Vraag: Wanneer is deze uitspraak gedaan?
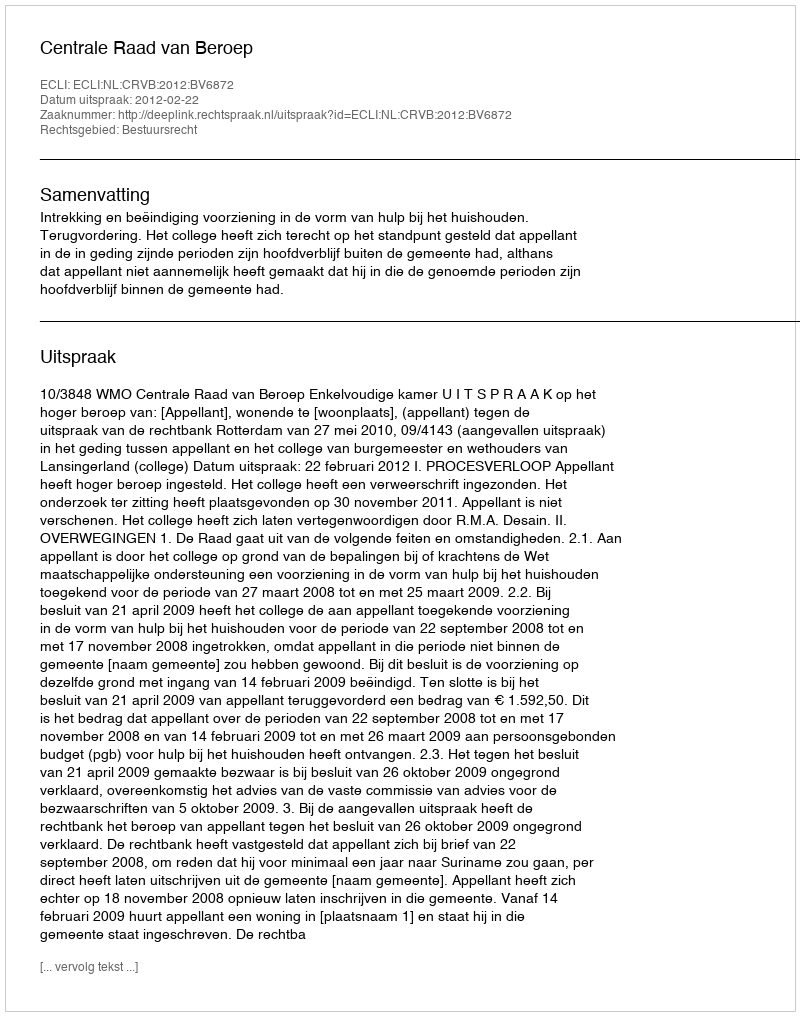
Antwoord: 2012-02-22